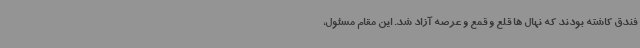
فندق کاشته بودند که نهال ها قلع و قمع و عرصه آزاد شد. این مقام مسئول،